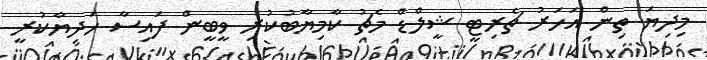
މިދިޔަ ތިން އަހަރު ޗެރިޓީ ޝީލްޑް މެޗު ކާމިޔާބުކުރި ވީބީން ފައިސާ ހަދިޔާކުރީ